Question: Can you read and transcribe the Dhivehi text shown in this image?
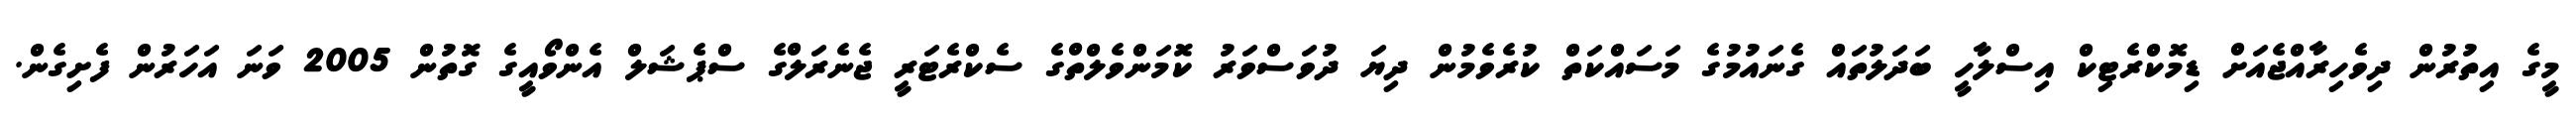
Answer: މީގެ އިތުރުން ދިވެހިރާއްޖެއަށް ޑިމޮކްރެޓިކް އިސްލާހީ ބަދަލުތައް ގެނައުމުގެ މަސައްކަތް ކުރެވެމުން ދިޔަ ދުވަސްވަރު ކޮމަންވެލްތްގެ ސެކްރެޓަރީ ޖެނެރަލްގެ ސްޕެޝަލް އެންވޯއީގެ ގޮތުން 2005 ވަނަ އަހަރުން ފެށިގެން.